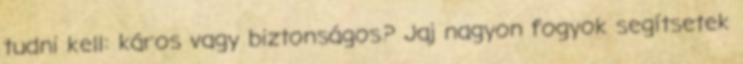
tudni kell: káros vagy biztonságos? Jaj nagyon fogyok segítsetek